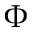
\boldsymbol { \Phi }